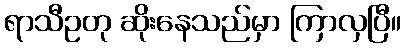
ရာသီဥတု ဆိုးနေသည်မှာ ကြာလှပြီ။